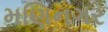
મણિનગર